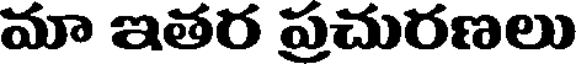
మా ఇతర ప్రచురణలు